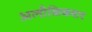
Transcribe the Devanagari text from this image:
अलौकिकवाद